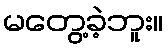
မတွေ့ခဲ့ဘူး။